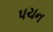
પચન